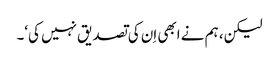
لیکن، ہم نے ابھی اِن کی تصدیق نہیں کی‘۔